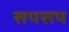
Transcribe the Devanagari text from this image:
सपसप